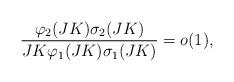
LaTeX: \begin{align*}\frac{\varphi_2(JK) \sigma_2(JK)}{JK \varphi_1(JK) \sigma_1(JK)} = o(1),\end{align*}